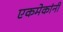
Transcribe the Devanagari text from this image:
एकमेकांनी